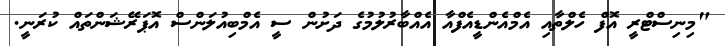
"މިނިސްޓްރީ އޮފް ހެލްތާއި އެމްއެންޑީއެފްއާ އެއްބާރުލުމުގެ ދަށުން ސީ އެމްބިއުލަންސް އޮޕަރޭޝަންތައް ކުރަނީ.